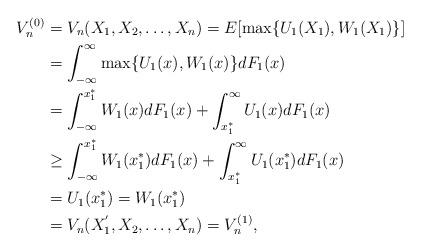
LaTeX: \begin{align*}V_n^{(0)}&=V_n(X_1,X_2,\dots,X_n)=E[\max\{U_1(X_1),W_1(X_1)\}] \\&=\int_{-\infty}^{\infty} \max\{U_1(x),W_1(x)\}dF_1(x) \\&= \int_{-\infty}^{x_1^*} W_1(x) dF_1(x)+ \int_{x_1^*}^{\infty} U_1(x) dF_1(x) \\ &\geq \int_{-\infty}^{x_1^*} W_1(x_1^*) dF_1(x)+ \int_{x_1^*}^{\infty} U_1(x_1^*) dF_1(x) \\ &=U_1(x_1^*)=W_1(x_1^*) \\&=V_n(X_1^{'},X_2,\dots,X_n)=V_n^{(1)},\end{align*}